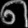
Digit: ၈